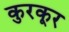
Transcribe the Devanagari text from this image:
कुरकूर